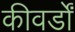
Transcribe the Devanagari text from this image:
कीवर्डों